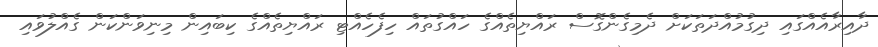
ދާއިރާއެއްގައި ދިގުމުއްދަތަކަށް ދެމިގެންގޮސް ރައްޔިތެއްގެ ހައްގުތައް ހިފެހެއްޓި ރައްޔިތެއްގެ ކިބައިން މިނިވަންކަން ގެއްލުވައި